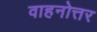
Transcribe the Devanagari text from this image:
वाहनोत्तर